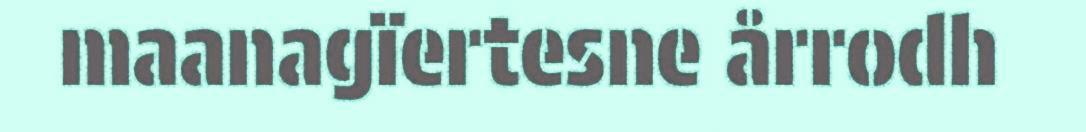
maanagïertesne årrodh